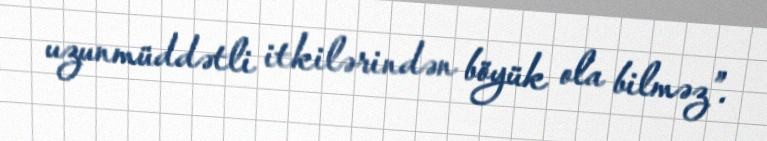
uzunmüddətli itkilərindən böyük ola bilməz”.